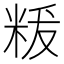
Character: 𮇚